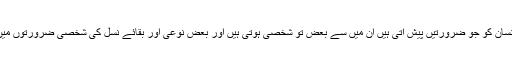
اس سے پیشتر کے رکوع میں رمضان شریف کے متعلق یہ بات مذکورہے کہ انسان کو جو ضرورتیں پیش آتی ہیں ان میں سے بعض تو شخصی ہوتی ہیں اور بعض نوعی اور بقائے نسل کی شخصی ضرورتوں میں جیسے کھانا پینا ہے اور نوعی ضرورت جیسے نسل کے لئے بیوی سے تعلق۔